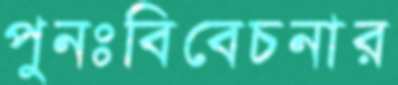
পুনঃবিবেচনার